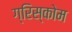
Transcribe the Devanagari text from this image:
ग्रिस्कोम